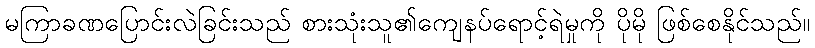
မကြာခဏပြောင်းလဲခြင်းသည် စားသုံးသူ၏ကျေနပ်ရောင့်ရဲမှုကို ပိုမို ဖြစ်စေနိုင်သည်။